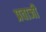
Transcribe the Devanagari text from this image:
प्रवाजी